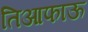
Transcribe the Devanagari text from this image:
तिआफाऊ